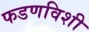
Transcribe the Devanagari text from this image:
फडणविशी